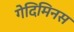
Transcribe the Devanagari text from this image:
गेदिमिनस